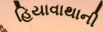
હિયાવાથાની